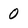
Character: 0